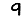
Digit: 9